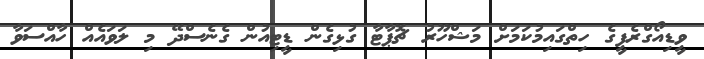
ވީޑިއޯގްރެފީގެ ހިތްގައިމުކަމަށް މަޝްހޫރު ޗޮޕާޓާ ގުޅިގެން ޑީޓިއުން ގެނެސްދޭ މި ލަވައެއް ހާއްސަވާ